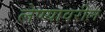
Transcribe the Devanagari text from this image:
लेण्यावरील